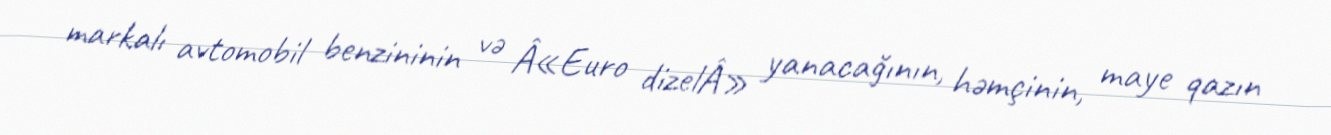
markalı avtomobil benzininin və Â«Euro dizelÂ» yanacağının, həmçinin, maye qazın